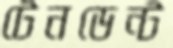
টেনডেন্ট